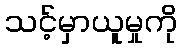
သင့်မှာယူမှုကို